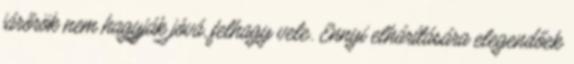
járőrök nem hagyják jóvá, felhagy vele. Ennyi elhárítására elegendőek